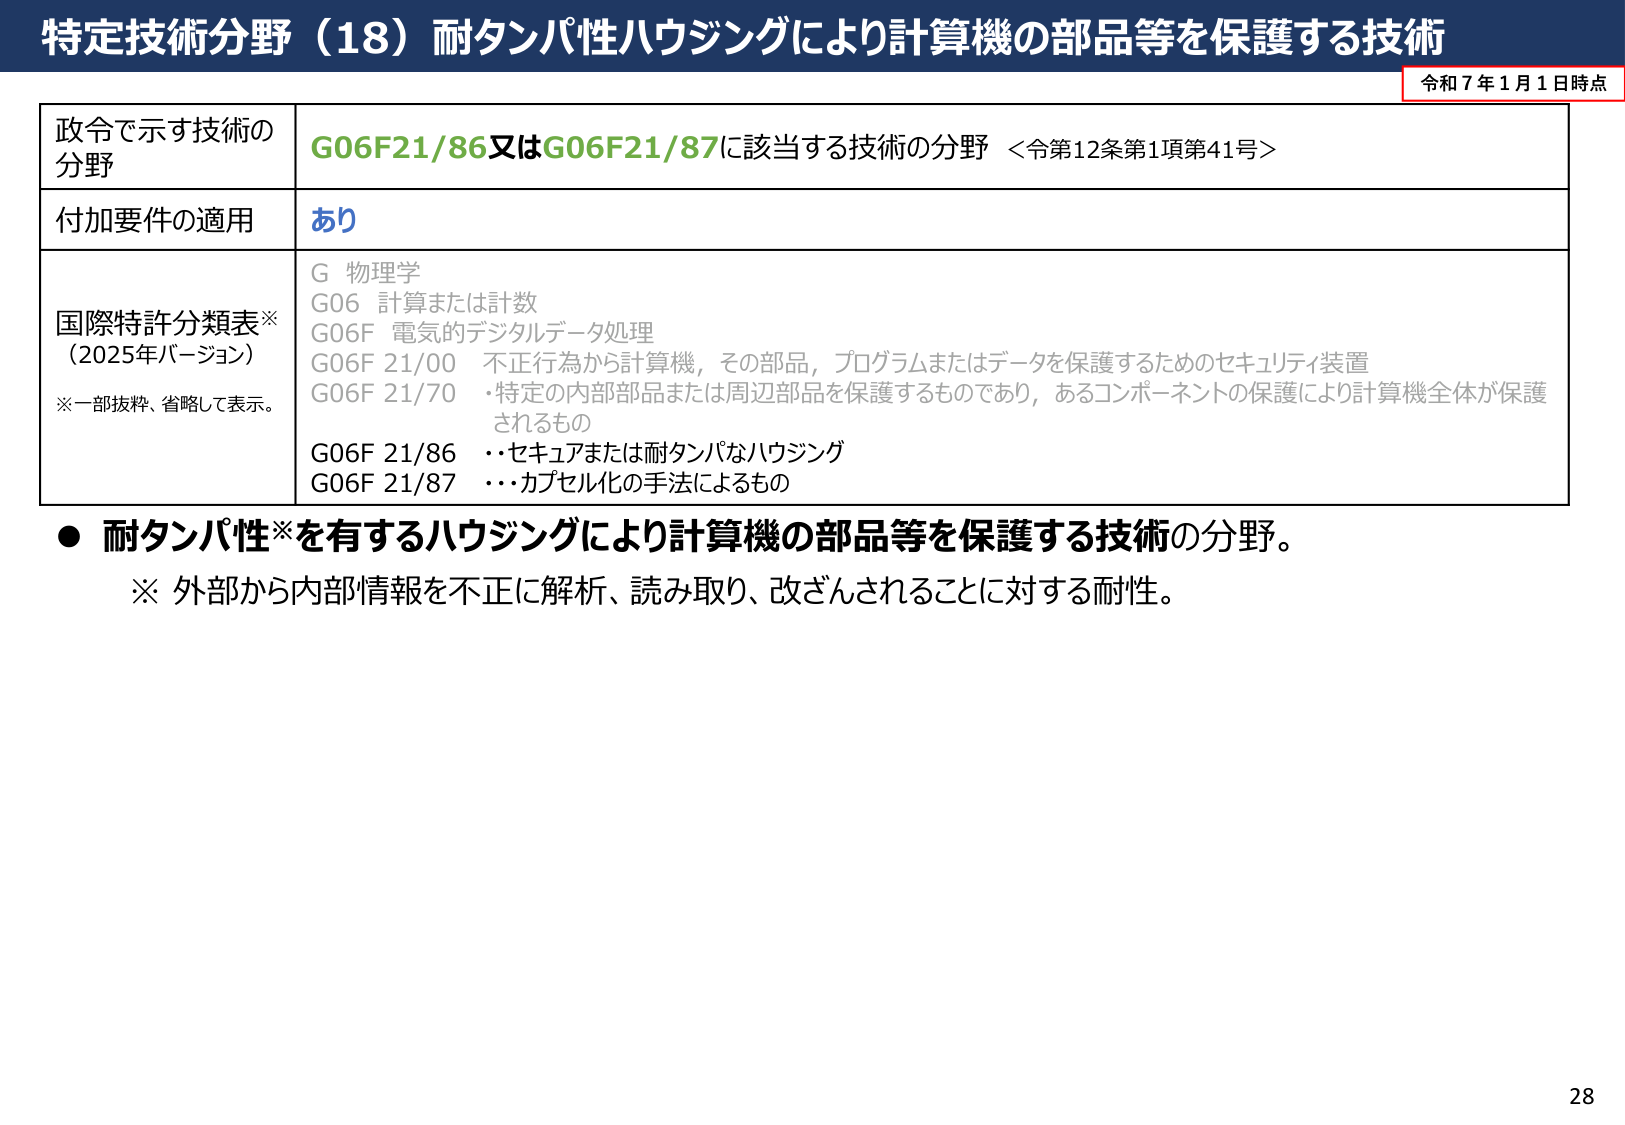
特定技術分野（18）耐タンパ性ハウジングにより計算機の部品等を保護する技術
令和７年１月１日時点

政令で示す技術の
分野
G06F21/86又はG06F21/87に該当する技術の分野 ＜令第12条第1項第41号＞

付加要件の適用
あり

国際特許分類表※
（2025年バージョン）
※一部抜粋、省略して表示。
G 物理学
G06 計算または計数
G06F 電気的デジタルデータ処理
G06F 21/00 不正行為から計算機，その部品，プログラムまたはデータを保護するためのセキュリティ装置
G06F 21/70 ・特定の内部部品または周辺部品を保護するものであり，あるコンポーネントの保護により計算機全体が保護されるもの
G06F 21/86 ・・セキュアまたは耐タンパなハウジング
G06F 21/87 ・・カプセル化の手法によるもの

● 耐タンパ性※を有するハウジングにより計算機の部品等を保護する技術の分野。
※ 外部から内部情報を不正に解析、読み取り、改ざんされることに対する耐性。

28